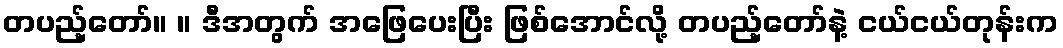
တပည့်တော်။ ။ ဒီအတွက် အဖြေပေးပြီး ဖြစ်အောင်လို့ တပည့်တော်နဲ့ ငယ်ငယ်တုန်းက